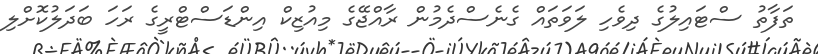
ތަފާތު ސްޓައިލުގެ ދިވެހި ލަވަތައް ގެނެސްދެމުން ރާއްޖޭގެ މިއުޒިކް އިންޑަސްޓްރީގެ ރަހަ ބަދަލުކޮށްލި